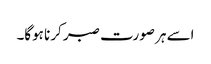
اسے ہر صورت صبر کرنا ہوگا۔